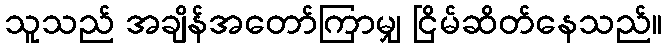
သူသည် အချိန်အတော်ကြာမျှ ငြိမ်ဆိတ်နေသည်။